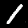
Label: 1